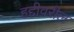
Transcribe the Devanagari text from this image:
हद्दीवरील